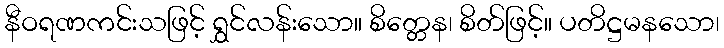
နီဝရဏကင်းသဖြင့် ရွှင်လန်းသော။ စိတ္တေန၊ စိတ်ဖြင့်။ ပတိဋ္ဌမနသော၊